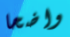
واضحا